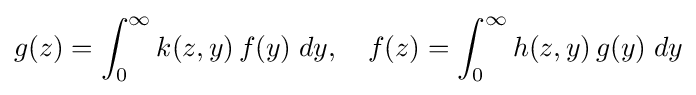
g(z)=\int _{0}^{\infty }k(z,y)\,f(y)\;dy,\quad f(z)=\int _{0}^{\infty }h(z,y)\,g(y)\;dy